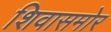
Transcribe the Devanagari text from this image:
शिवासमोर